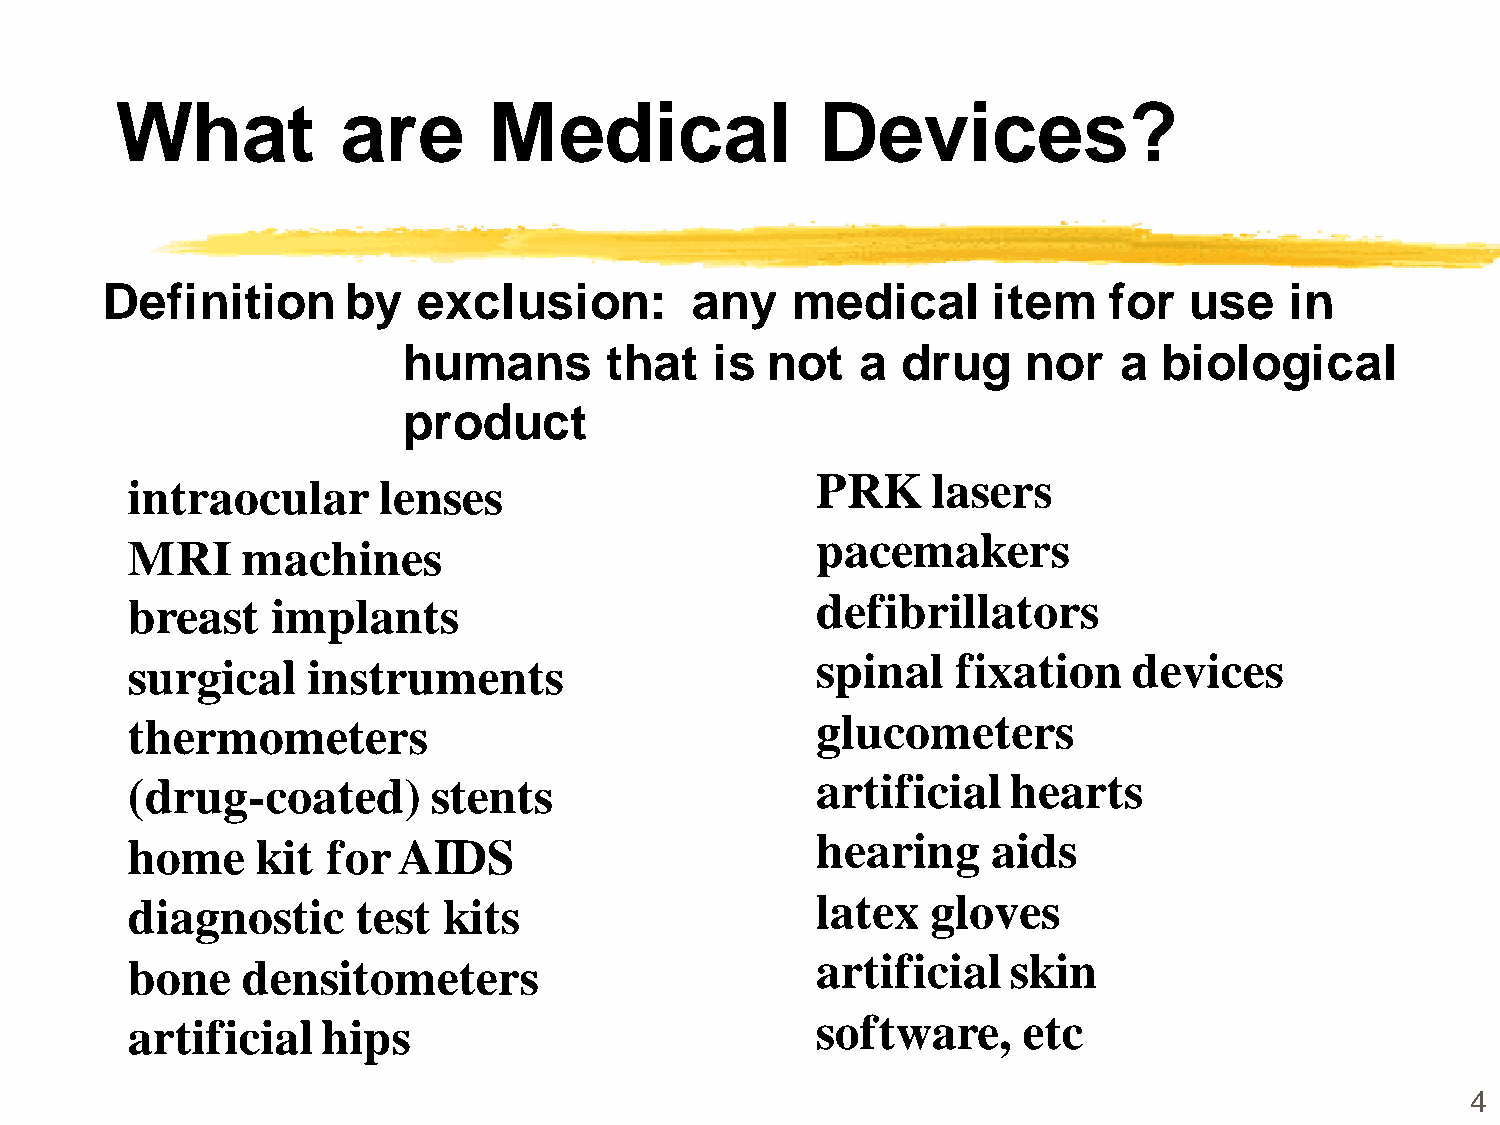
What           are      Medical               Devices?
 Definition      by   exclusion:        any   medical       item   for   use   in
 humans       that   is  not   a  drug    nor   a  biological
 product
 PRK     lasers
 intraocular      lenses
 pacemakers
 MRI     machines
 breast    implants                            defibrillators
 spinal   fixation    devices
 surgical    instruments
 thermometers                                  glucometers
 (drug-coated)        stents                   artificial   hearts
 hearing     aids
 home     kit  for AIDS
 diagnostic      test kits                     latex   gloves
 artificial   skin
 bone    densitometers
 artificial   hips                             software,     etc
 4